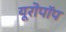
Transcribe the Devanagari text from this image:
यूरोपॉप